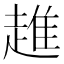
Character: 趡